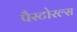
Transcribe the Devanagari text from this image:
पैस्टोरल्स